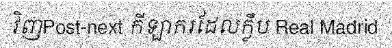
វិញPost-next កីឡាករដែលក្លឹប Real Madrid